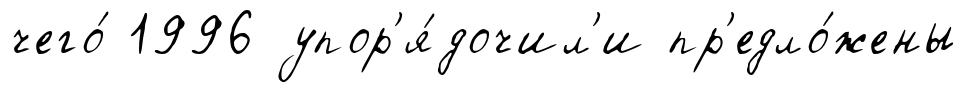
чего́ 1996 упор'я́дочил'и пр'едло́жены